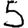
Digit: 5